Annual returns of the Patna Lunatic Asylum at Bankipore in Bihar and Orissa - 1912-1924
Year: 1912
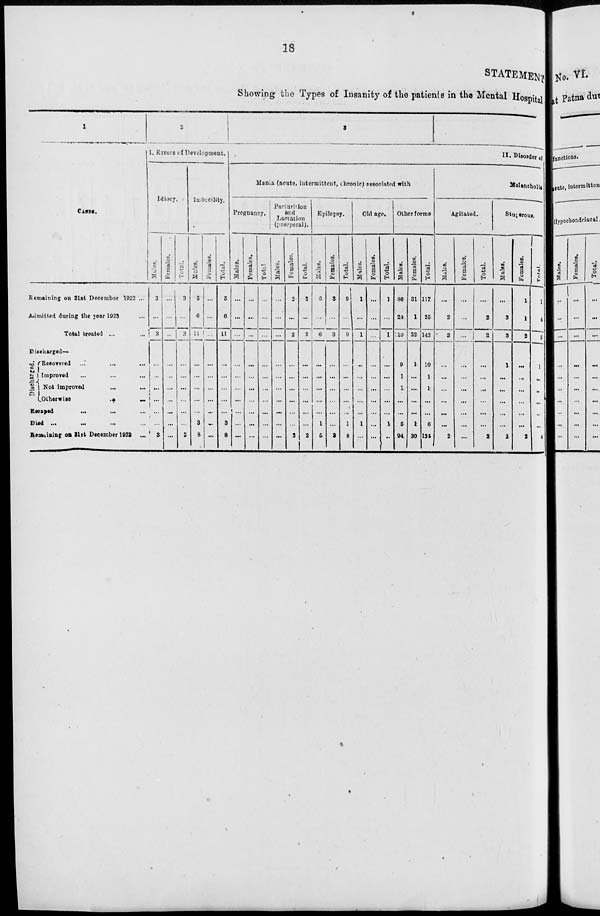
18
STATEMENT
Showing the Types of Insanity of the patients in the Mental Hospital
1
CASES.
Remaining on 31st December 1922 ...
Admitted during the year 1923 ...
Total treated ...
Discharged—
Discharged. Recovered ...
...
...
Improved ... ...
Not improved
...
...
Otherwise
...
...
Escaped ... ... ... ...
Died ... ... ... ...
Remaining on 31st December 1923 ...
2
1. Errors of Development.
Idiocy.
Mules.
3
...
3
...
...
...
...
...
...
3
Females.
...
...
...
...
...
...
...
...
...
...
Total.
3
...
3
...
...
...
...
...
...
3
Imbecility.
Males.
5
6
11
...
...
...
...
3
8
Females.
...
...
...
...
...
...
...
...
...
...
Total.
5
6
11
...
...
...
...
...
3
8
3
II. Disorder of
Mania (acute, intermittent, chronic) associated with
Pregnancy.
Males.
...
...
...
...
...
...
...
...
...
...
Females.
...
...
...
...
...
...
....
...
...
...
Total
...
...
...
...
...
...
...
...
...
...
Parturition
and
Lactation
(puerperal).
Males.
...
...
...
...
...
...
...
...
...
...
Females.
2
...
2
...
...
...
...
...
2
Total.
2
...
2
...
...
...
...
...
...
2
Epilepsy.
Males.
6
...
6
...
...
...
...
...
1
5
Females.
3
...
3
...
...
...
...
...
3
Total.
9
...
9
...
...
...
...
...
1
8
Old age.
Males.
1
...
1
...
...
...
...
...
1
...
Females.
...
....
...
...
...
...
...
...
...
...
Total.
1
...
1
...
...
...
...
...
...
...
Other forms
Males.
86
24
110
9
1
1
...
...
5
94
Females.
31
1
32
1
...
...
...
...
1
30
Total.
117
25
142
10
1
1
...
...
6
134
Melancholia
Agitated.
Males.
...
2
2
...
...
...
...
...
...
2
Females.
...
...
...
...
...
...
...
...
...
...
Total.
...
2
2
...
...
...
...
...
...
2
Stuperous.
Males.
...
3
3
1
...
...
...
...
...
2
Females.
1
1
2
...
...
...
...
...
...
2
Total.
1
4
5
1
...
...
...
...
...
4